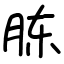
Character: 胨